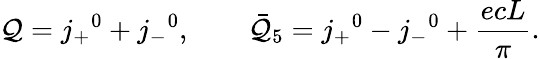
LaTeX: \mathcal{Q}=j_{+}{}^{0}+j_{-}{}^{0},\qquad{\bar{{\mathcal{Q}}}}_{5}=j_{+}{}^{0}-j_{-}{}^{0}+\frac{{ecL}}{{\pi}}.